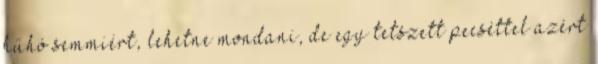
hűhó semmiért, lehetne mondani, de egy tetszett pecséttel azért